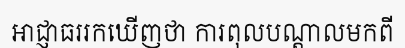
អាជ្ញាធររកឃើញថា ការពុលបណ្តាលមកពី